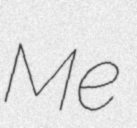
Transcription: Me